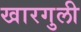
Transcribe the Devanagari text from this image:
खारगुली